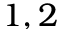
1 , 2